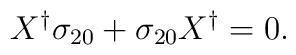
X^{\dagger}\sigma_{20}+\sigma_{20}X^{\dagger}=0.